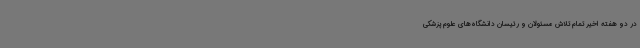
در دو هفته اخیر تمام تلاش مسئولان و رئیسان دانشگاه‌های علوم پزشکی